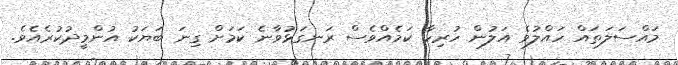
މައްސަލަތައް ހައްލުވެ އަލުން ހުރިހާ ކަމެއްވެސް ރަނގަޅުވާނެ ކަމަށް ގިނަ ބަޔަކު އުންމީދުކުރެއެވެ.